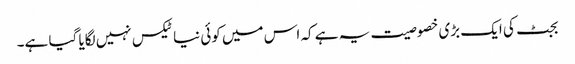
بجٹ کی ایک بڑی خصوصیت یہ ہے کہ اس میں کوئی نیا ٹیکس نہیں لگایا گیا ہے۔